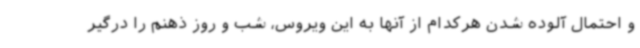
و احتمال آلوده شدن هرکدام از آنها به این ویروس، شب و روز ذهنم را درگیر